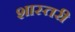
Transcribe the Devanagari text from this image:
शास्तरी